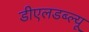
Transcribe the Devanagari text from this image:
डीएलडब्ल्यू